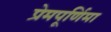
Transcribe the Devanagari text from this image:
प्रेमपूर्णिमा